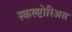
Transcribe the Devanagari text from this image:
स्कल्प्टोरिअस